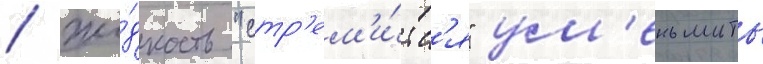
/ жи́дкость "стр'ем'и́тс'я" ум'еньшить